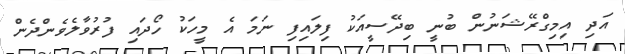
އަދި އިމިގްރޭޝަނުން ބުނީ ބިދޭސީއަކު ފިލައިފި ނަމަ އެ މީހަކު ހޯދައި ފުރުވާލެވެންދެން